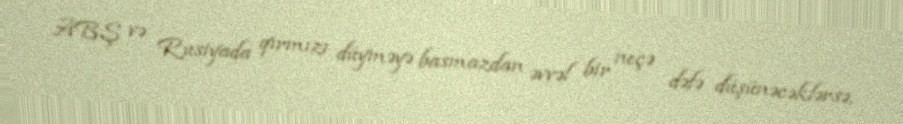
ABŞ və Rusiyada qırmızı düyməyə basmazdan əvvəl bir neçə dəfə düşünəcəklərsə,